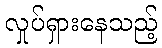
လှုပ်ရှားနေသည့်